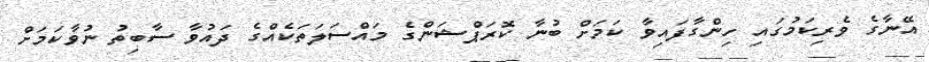
އޭނާގެ ވެރިކަމުގައި ހިންގާފައިވާ ކަމަށް ބުނާ ކޮރަޕްޝަންގެ މައްސަލަތަކެއްގެ ދައުވާ ސާބިތު ނުވާކަމަށް